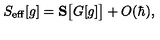
S _ { \mathrm { e f f } } [ g ] = \mathbf { S } \big [ G [ g ] \big ] + O ( \hbar ) ,